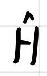
\(\hat{H}\)